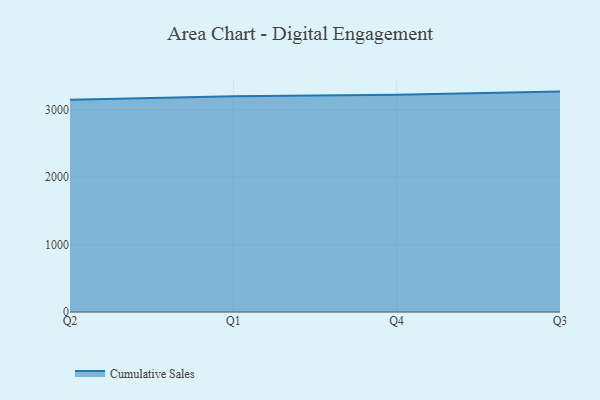
{"axis": {"x": "Quarter", "y": "Energy Usage (MWh)"}, "legend": ["Cumulative Sales"], "data": [{"x": "Q2", "y": 3148.0, "type": "Cumulative Sales"}, {"x": "Q1", "y": 3199.7, "type": "Cumulative Sales"}, {"x": "Q4", "y": 3220.9, "type": "Cumulative Sales"}, {"x": "Q3", "y": 3268.6, "type": "Cumulative Sales"}]}